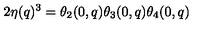
2 \eta ( q ) ^ { 3 } = \theta _ { 2 } ( 0 , q ) \theta _ { 3 } ( 0 , q ) \theta _ { 4 } ( 0 , q )